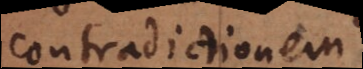
contradictionem.